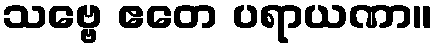
သဗ္ဗေ ဧတေ ပရာယဏာ။